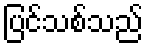
ပြင်သစ်သည်